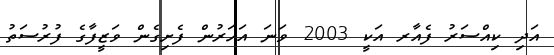
އަދި ކިއްސަރު ފެއާރ އަކީ 2003 ވަނަ އަހަރުން ފެށިގެން ވަޒީފާގެ ފުރުސަތު